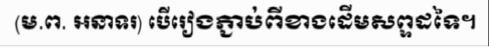
(ម.ព. អនាទរ) បើរៀងភ្ជាប់ពីខាងដើមសព្ទដទៃ។